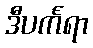
ဒီပင်္ကရာ